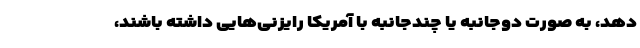
دهد، به صورت دوجانبه یا چندجانبه با آمریکا رایزنی‌هایی داشته باشند،